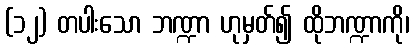
(၁၂) တပါးသော ဘဏ္ဍာ ဟုမှတ်၍ ထိုဘဏ္ဍာကို၊